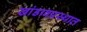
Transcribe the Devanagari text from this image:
खांडावप्रस्थात